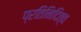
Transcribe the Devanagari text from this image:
प्रतिनिदित्व